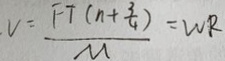
V = \frac { F + ( n + \frac { 3 } { 4 } ) } { M } = W R